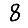
Digit: 8